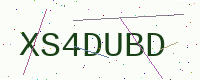
Text: XS4DUBD